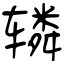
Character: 辚